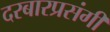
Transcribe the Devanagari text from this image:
दरबारप्रसंगी